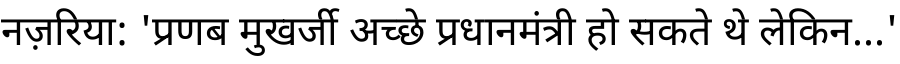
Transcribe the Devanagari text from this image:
नज़रिया: 'प्रणब मुखर्जी अच्छे प्रधानमंत्री हो सकते थे लेकिन...'